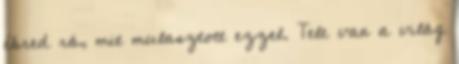
ébred rá, mit mulasztott ezzel. Tele van a világ